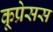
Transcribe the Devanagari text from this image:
कूप्रेसस